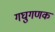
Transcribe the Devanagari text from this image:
गघुगणक